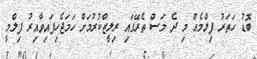
ބޮޑު ހަތަރު ފިލްމެއް މި ދެ މަސް ތެރޭގައި ރިލީޒްކުރުމަށް ހަމަޖެހިފައިވާއިރު ފިލްމީ